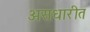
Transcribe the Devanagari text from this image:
असधारीत